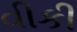
વીકી